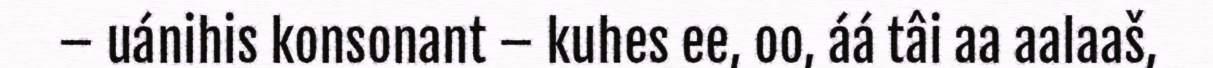
– uánihis konsonant – kuhes ee, oo, áá tâi aa aalaaš,